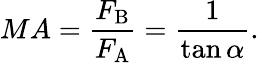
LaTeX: MA={\frac{F_{\mathrm{B}}}{F_{\mathrm{A}}}}={\frac{1}{\tan\alpha}}.